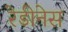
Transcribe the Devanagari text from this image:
रेडीनेस